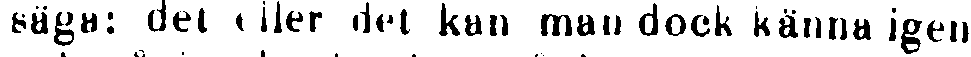
säga: det eller det kan man dock känna igen,